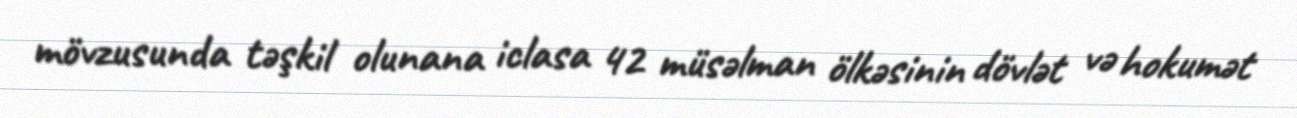
mövzusunda təşkil olunana iclasa 42 müsəlman ölkəsinin dövlət və hokumət